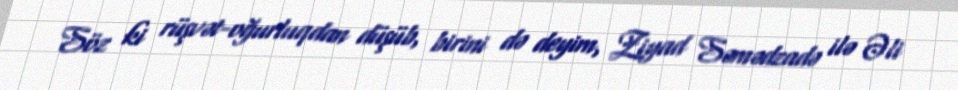
Söz ki rüşvət-oğurluqdan düşüb, birini də deyim, Ziyad Səmədzadə ilə Əli